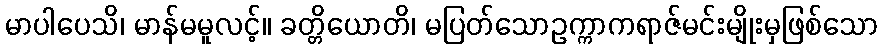
မာပါပေသိ၊ မာန်မမူလင့်။ ခတ္တိယောတိ၊ မပြတ်သောဥက္ကာကရာဇ်မင်းမျိုးမှဖြစ်သော